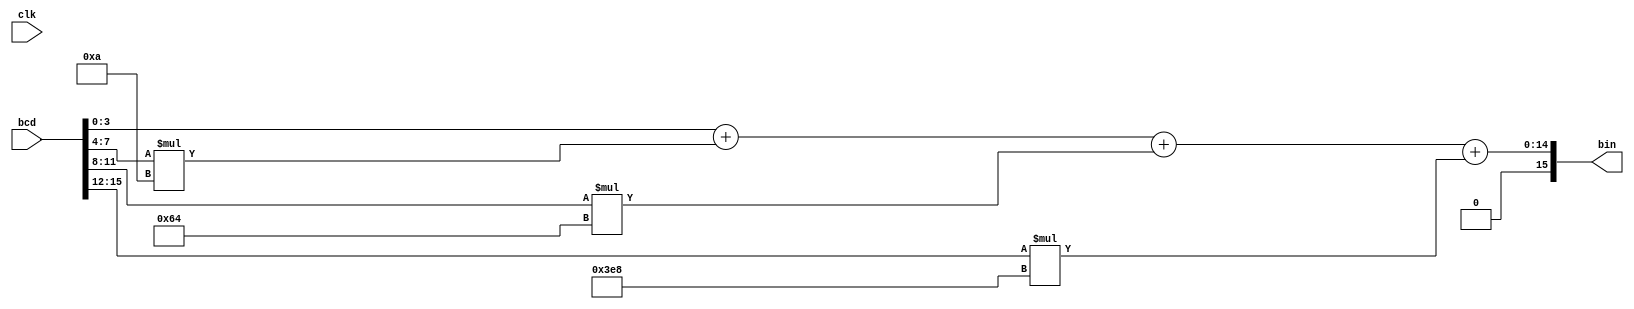
module bcdtobin
	(
	input wire [15:0] bcd,
	input wire clk,
	output reg [15:0] bin);

reg [15:0] bcd_reg;

always @(bcd or bin or clk) begin
	bcd_reg <= bcd;
	bin <= bcd[3:0] + bcd[7:4]*'d10 + bcd[11:8]*'d100 + bcd[15:12]*'d1000;
end
endmodule